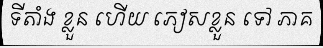
ទីតាំង ខ្លួន ហើយ ភៀសខ្លួន ទៅ ភាគ